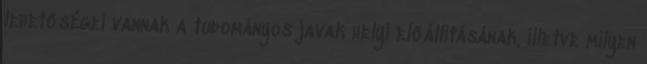
lehetőségei vannak a tudományos javak helyi előállításának, illetve milyen